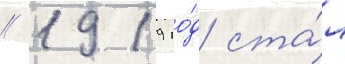
// 1919 го́д ста́л